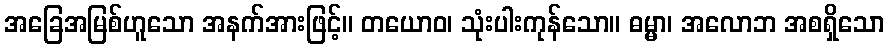
အခြေအမြစ်ဟူသော အနက်အားဖြင့်။ တယောဝ၊ သုံးပါးကုန်သော။ ဓမ္မာ၊ အလောဘ အစရှိသော